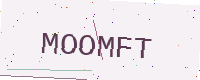
Text: MOOMFT